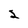
Character: 2